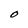
Character: O